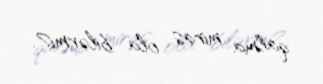
qalma miras ola bilərmi?.